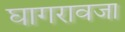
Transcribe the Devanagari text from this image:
घागरावजा